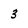
Character: 3